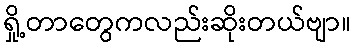
ရှို့တာတွေကလည်းဆိုးတယ်ဗျာ။